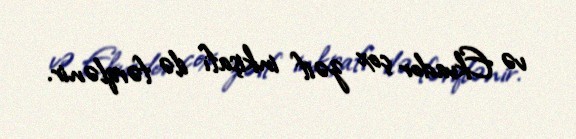
və Ekvador çox zəif inkişafı ilə fərqlənir.